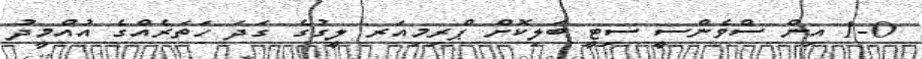
1-0 އިން ސްވެންސީ ސިޓީ ބަލިކޮށް ޕްރިމިއަރ ލީގުގެ ގަދަ ހަތަރެއްގެ އުއްމީދު